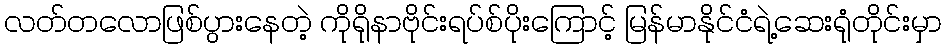
လတ်တလောဖြစ်ပွားနေတဲ့ ကိုရိုနာဗိုင်းရပ်စ်ပိုးကြောင့် မြန်မာနိုင်ငံရဲ့ဆေးရုံတိုင်းမှာ